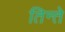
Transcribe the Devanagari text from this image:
तिन्ते